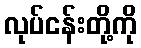
လုပ်ငန်းတို့ကို